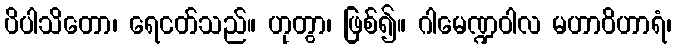
ပိပါသိတော၊ ရေငတ်သည်။ ဟုတွာ၊ ဖြစ်၍။ ဂါမေဏ္ဍဝါလ မဟာဝိဟာရံ၊